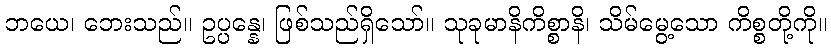
ဘယေ၊ ဘေးသည်။ ဥပ္ပန္နေ၊ ဖြစ်သည်ရှိသော်။ သုခုမာနိကိစ္စာနိ၊ သိမ်မွေ့သော ကိစ္စတို့ကို။